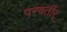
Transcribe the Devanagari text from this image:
परवर्तीर्